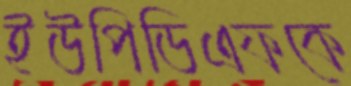
ইউপিডিএফকে